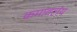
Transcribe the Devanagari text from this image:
कमावलंय